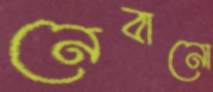
নেবানো